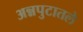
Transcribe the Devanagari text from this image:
अन्नपुटातले